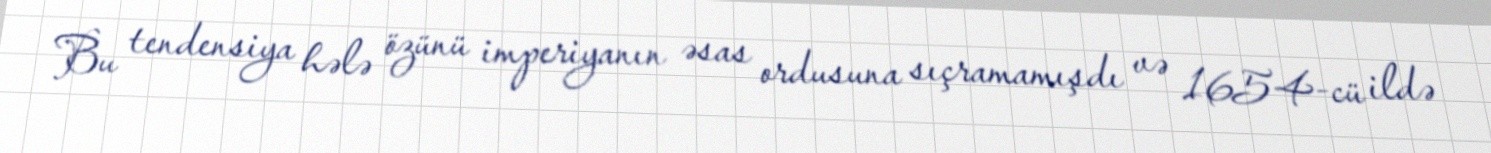
Bu tendensiya hələ özünü imperiyanın əsas ordusuna sıçramamışdı və 1654-cü ildə